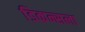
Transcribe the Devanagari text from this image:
डिकन्सला